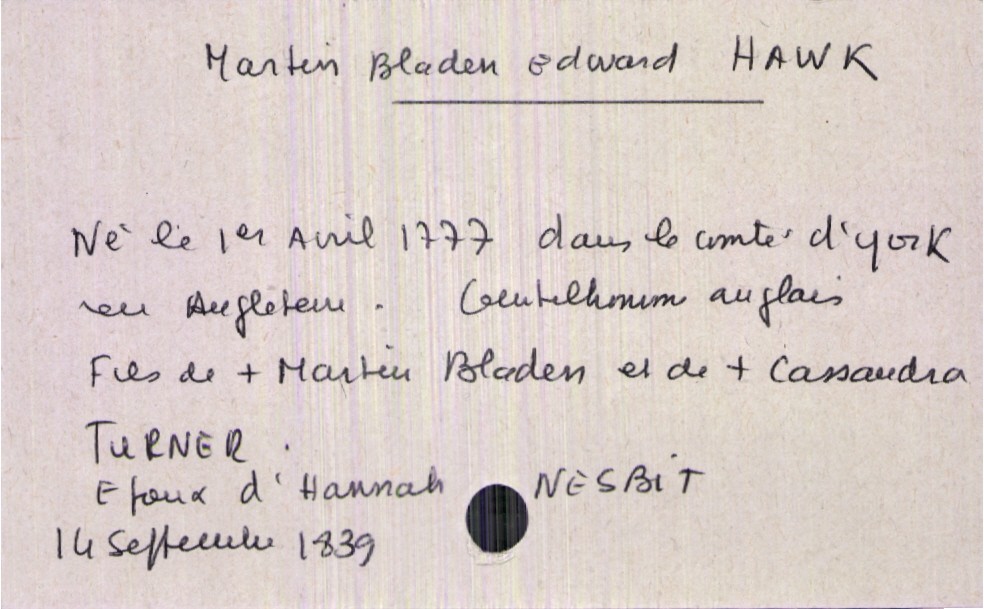
type_acte: Décès
année: 1839
mois: septembre
jour: 14
défunt_nom: Hawk
défunt_prénom: Martin Bladen Edward
défunt_sexe: H
défunt_date_de_naissance: 1er avril 1777
défunt_lieu_de_naissance: Comté d'York en Angleterre
défunt_statut: marié(e)
père_défunt_nom: Hawk
père_défunt_prénom: Martin Bladen
père_défunt_statut: décédé
mère_défunt_nom: Turner
mère_défunt_prénom: Cassandra
mère_défunt_statut: décédée